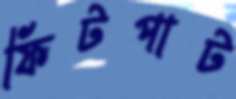
ফিটপাট